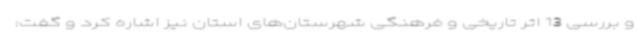
و بررسی 13 اثر تاریخی و فرهنگی شهرستان‌های استان نیز اشاره کرد و گفت: